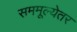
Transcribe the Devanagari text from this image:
सममूल्येतर